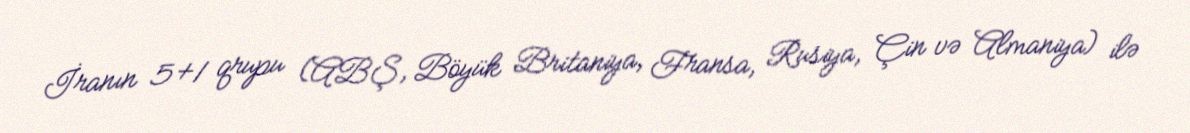
İranın 5+1 qrupu (ABŞ, Böyük Britaniya, Fransa, Rusiya, Çin və Almaniya) ilə